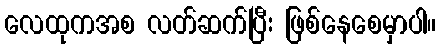
လေထုကအစ လတ်ဆက်ပြီး ဖြစ်နေစေမှာပါ။